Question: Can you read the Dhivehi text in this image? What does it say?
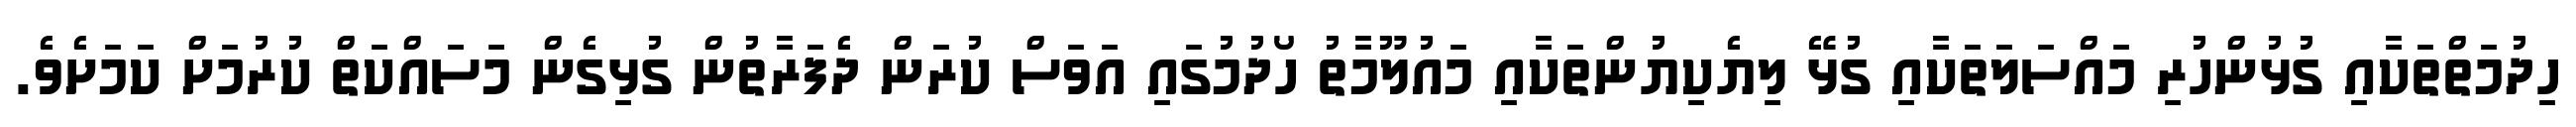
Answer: ހިދުމަތްތަކާއި ގުޅުންހުރި މައްސަލަތަކާއި ގުޅޭ ލިޔެކިޔުންތަކާއި މައުލޫމާތު ހޯދުމުގައި އަވަސް ކުރަން ދެފަރާތުން ގުޅިގެން މަސައްކަތް ކުރުމަށް ކަމަށެވެ.